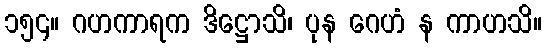
၁၅၄။ ဂဟကာရက ဒိဋ္ဌောသိ၊ ပုန ဂေဟံ န ကာဟသိ။